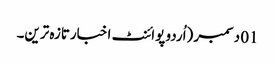
01 دسمبر (اُردو پوائنٹ اخبارتازہ ترین۔